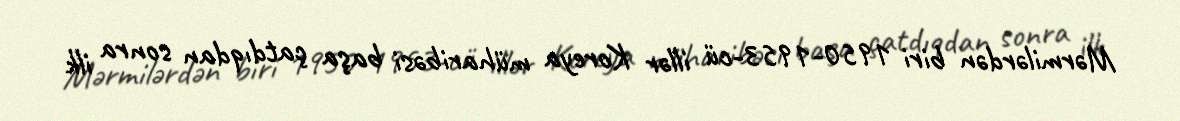
Mərmilərdən biri 1950-1953-cü illər Koreya müharibəsi başa çatdıqdan sonra ilk